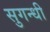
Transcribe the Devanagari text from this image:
सुगन्धी